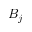
B _ { j }